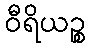
ဝီရိယဉ္စ